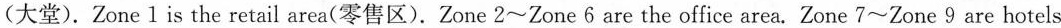
(大堂).Zone 1 is the retail area(零售区).Zone 2~Zone 6 are the office area. Zone 7~Zone 9 are hotels